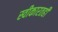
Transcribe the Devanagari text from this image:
स्वीकारतही